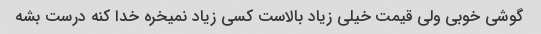
گوشی خوبی ولی قیمت خیلی زیاد بالاست کسی زیاد نمیخره خدا کنه درست بشه